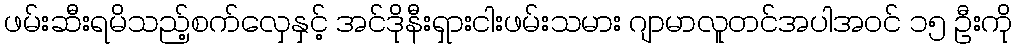
ဖမ်းဆီးရမိသည့်စက်လှေနှင့် အင်ဒိုနီးရှားငါးဖမ်းသမား ဂျာမာလူတင်အပါအဝင် ၁၅ ဦးကို